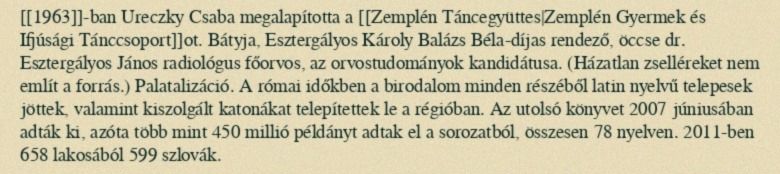
[[1963]]-ban Ureczky Csaba megalapította a [[Zemplén Táncegyüttes|Zemplén Gyermek és Ifjúsági Tánccsoport]]ot. Bátyja, Esztergályos Károly Balázs Béla-díjas rendező, öccse dr. Esztergályos János radiológus főorvos, az orvostudományok kandidátusa. (Házatlan zselléreket nem említ a forrás.) Palatalizáció. A római időkben a birodalom minden részéből latin nyelvű telepesek jöttek, valamint kiszolgált katonákat telepítettek le a régióban. Az utolsó könyvet 2007 júniusában adták ki, azóta több mint 450 millió példányt adtak el a sorozatból, összesen 78 nyelven. 2011-ben 658 lakosából 599 szlovák.